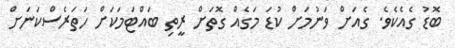
ބޮޑު ގެއެކެވެ. ގެއަށް ވަނުމަށް ކުޑަ މަގެއް ގޮތަށް ރީތި ބައްޓަމަކަށް ހަތަރެސްކަނަށް